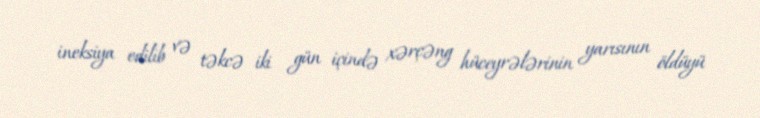
ineksiya edilib və təkcə iki gün içində xərçəng hüceyrələrinin yarısının öldüyü